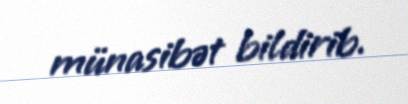
münasibət bildirib.